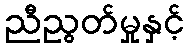
ညီညွတ်မှုနှင့်